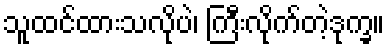
သူထင်ထားသလိုပဲ၊ ကြီးလိုက်တဲ့ဒုက္ခ။